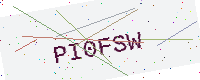
Text: PI0FSW